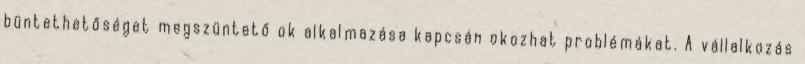
büntethetőséget megszüntető ok alkalmazása kapcsán okozhat problémákat. A vállalkozás